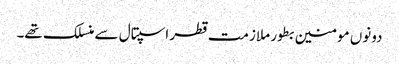
دونوں مومنین بطور ملازمت قطر اسپتال سے منسلک تھے۔